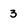
Character: 3